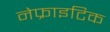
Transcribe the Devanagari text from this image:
नेफ्राइटिक